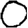
Digit: 0